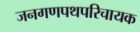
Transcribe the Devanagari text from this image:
जनगणपथपरिचायक